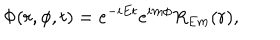
LaTeX: \Phi ( r , \phi , t ) = e ^ { - i E t } e ^ { i m \phi } R _ { E m } ( r ) ,